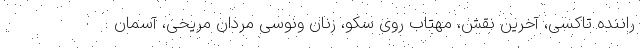
راننده تاکسی، آخرین نقش، مهتاب روی سکو، زنان ونوسی مردان مریخی، آسمان